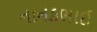
નાનકભાઈ